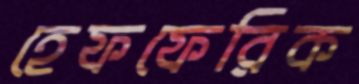
হেফফেরিক